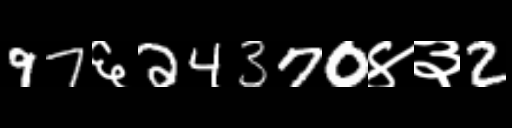
Text: 97६24370४३2